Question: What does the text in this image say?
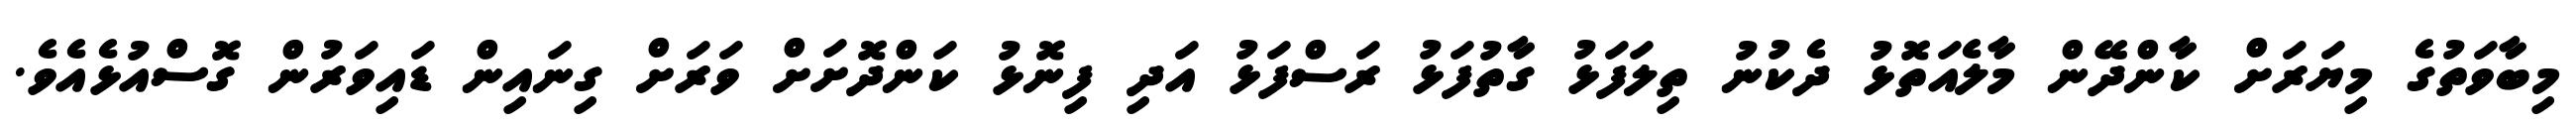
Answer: މިބާވަތުގެ މިޔަރަށް ކާންދޭން މާލެއަތޮޅު ދެކުނު ތިލަފަޅު ގާތުފަޅު ރަސްފަޅު އަދި ފިނޮޅު ކަންދޮށަށް ވަރަށް ގިނައިން ޑައިވަރުން ގޮސްއުޅެއެވެ.